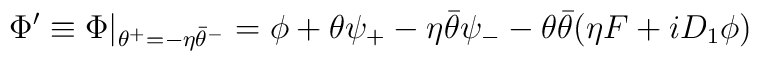
\Phi' \equiv \Phi|_{\theta^+ = -\eta \bar{\theta}^-}= \phi + \theta \psi_+ - \eta \bar{\theta} \psi_- -\theta \bar{\theta} (\eta F +i D_1\phi)